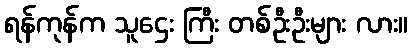
ရန်ကုန်က သူဌေး ကြီး တစ်ဦးဦးများ လား။